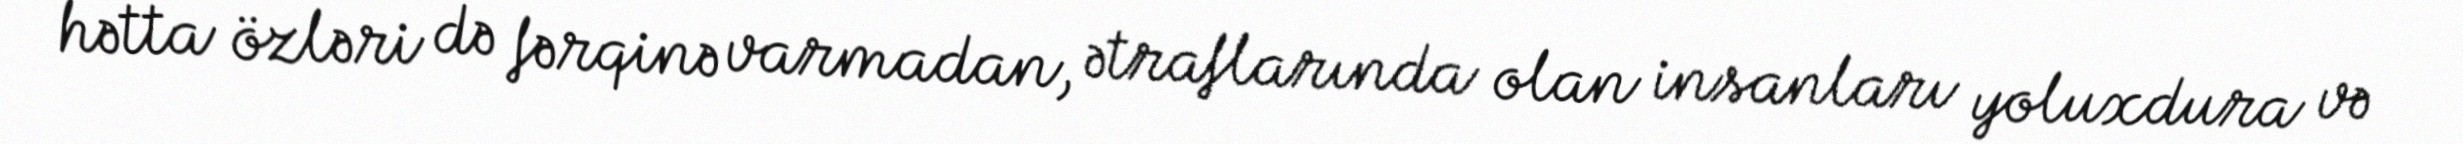
hətta özləri də fərqinə varmadan, ətraflarında olan insanları yoluxdura və